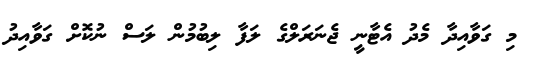
މި ގަވާއިދާ މެދު އެޓާނީ ޖެނަރަލްގެ ލަފާ ލިބުމުން ލަސް ނުކޮށް ގަވާއިދު